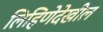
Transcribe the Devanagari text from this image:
लिहिणेदेखील